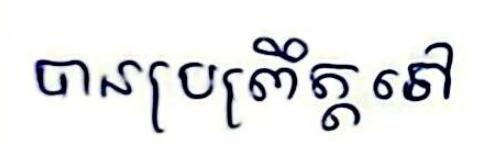
បានប្រព្រឹត្តទៅ